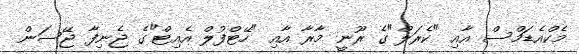
މެކްއެޑަމްސް އާއި "ކެރަލް"ގެ ރޫނީ މާރާ އާއި "ހޭޓްފުލް އެއިޓް"ގެ ޖެނިފާ ޖޭސަން